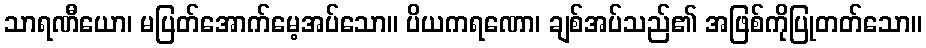
သာရဏီယော၊ မပြတ်အောက်မေ့အပ်သော။ ပိယကရဏော၊ ချစ်အပ်သည်၏ အဖြစ်ကိုပြုတတ်သော။